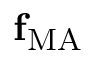
\mathbf f _ { \mathrm { M A } }